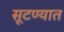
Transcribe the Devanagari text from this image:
सूटण्यात